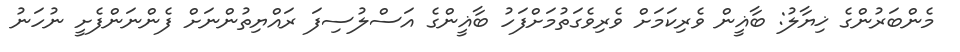
މެންބަރުންގެ ޚިޔާލު: ބާޣީން ވެރިކަމަށް ވެރިވެގަތުމަށްފަހު ބާޣީންގެ އަސްލުސިފަ ރައްޔިތުންނަށް ފެންނަންފެށީ ނުހަނު